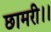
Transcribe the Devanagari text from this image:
छामरी।।